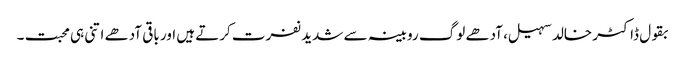
بقول ڈاکٹر خالد سہیل، آدھے لوگ روبینہ سے شدید نفرت کرتے ہیں اور باقی آدھے اتنی ہی محبت ۔